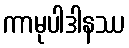
ကာမုပါဒါနဿ